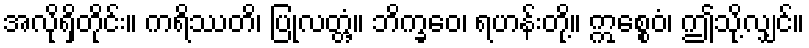
အလိုရှိတိုင်း။ ကရိဿတိ၊ ပြုလတ္တံ့။ ဘိက္ခဝေ၊ ရဟန်းတို့။ ဣစ္စေဝံ၊ ဤသို့လျှင်။